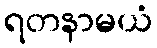
ရတနာမယံ